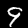
Label: 9